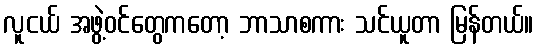
လူငယ် အဖွဲ့ဝင်တွေကတော့ ဘာသာစကား သင်ယူတာ မြန်တယ်။